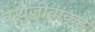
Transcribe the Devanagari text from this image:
वन्यजीवांकडे